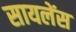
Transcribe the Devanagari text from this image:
सायलेंस